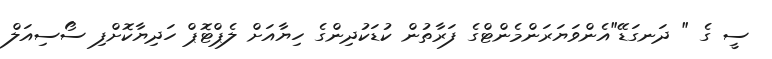
ސީ ގެ " ދަނގަޑޭ"އެންވަޔަރަންމެންޓްގެ ފަރާތުން ކުޑަކުދިންގެ ހިޔާއަށް ލެޕްޓޮޕް ހަދިޔާކޮށްފި ސޯސިއަލް